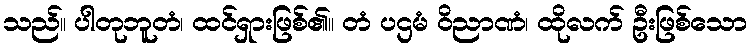
သည်။ ပါတုဘူတံ၊ ထင်ရှားဖြစ်၏။ တံ ပဌမံ ဝိညာဏံ၊ ထိုလက် ဦးဖြစ်သော